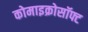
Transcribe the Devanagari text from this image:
कोमाइक्रोसॉफ्ट